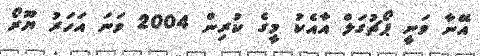
އޭނާ ވަނީ ޕޯޗުގަލް އާއެކު މީގެ ކުރިން 2004 ވަނަ އަހަރު ޔޫރޯ